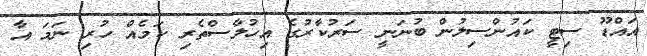
އައްޑޫ ސިޓީ ކައުންސިލުން ބުނަނީ ސަރުކާރުގެ އިހުލާސްތެރި ކަމެއް ހުރި ނަމަ އާ